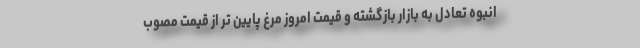
انبوه تعادل به بازار بازگشته و قیمت امروز مرغ پایین تر از قیمت مصوب